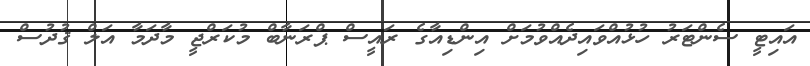
އައިޓީ ސެންޓަރު ހުޅުއްވައިދެއްވުމަށް އިންޑިއާގެ ރައީސް ޕްރަނާބް މުކަރްޖީ މާދަމާ އަލް ޤުދުސް